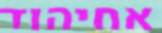
אחיהוד